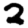
Digit: 2